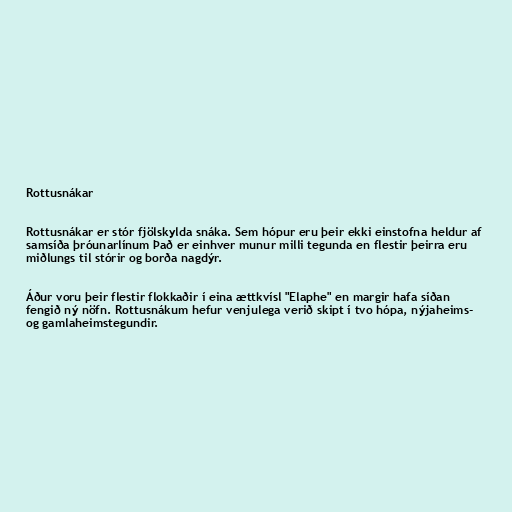
Rottusnákar

Rottusnákar er stór fjölskylda snáka. Sem hópur eru þeir ekki einstofna heldur af
samsíða þróunarlínum Það er einhver munur milli tegunda en flestir þeirra eru
miðlungs til stórir og borða nagdýr.

Áður voru þeir flestir flokkaðir í eina ættkvísl "Elaphe" en margir hafa síðan
fengið ný nöfn. Rottusnákum hefur venjulega verið skipt í tvo hópa, nýjaheims-
og gamlaheimstegundir.